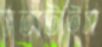
সত্যটাইস